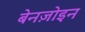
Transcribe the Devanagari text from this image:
बेनज़ोइन